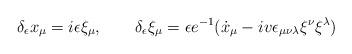
LaTeX: \begin{align*}\delta_\epsilon x_\mu=i\epsilon\xi_\mu,\qquad\delta_\epsilon\xi_\mu=\epsilon e^{-1}(\dot{x}_\mu-iv\epsilon_{\mu\nu\lambda}\xi^{\nu}\xi^{\lambda})\end{align*}